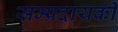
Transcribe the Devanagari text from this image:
सम्प्रदायकी